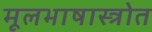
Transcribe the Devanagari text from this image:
मूलभाषास्त्रोत